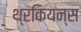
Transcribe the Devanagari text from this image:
थ्रकियन्स